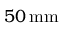
5 0 \, \mathrm { m m }